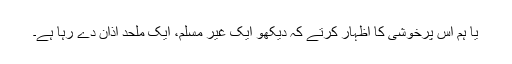
یا ہم اس پرخوشی کا اظہار کرتے کہ دیکھو ایک غیر مسلم، ایک ملحد اذان دے رہا ہے۔